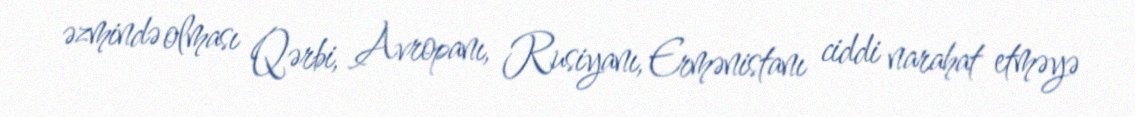
əzmində olması Qərbi, Avropanı, Rusiyanı, Ermənistanı ciddi narahat etməyə